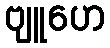
ဗျူဟေ